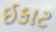
ઈકાટ